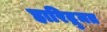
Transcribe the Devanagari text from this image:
हारिद्रुमत